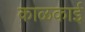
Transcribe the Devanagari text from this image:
काळकाई